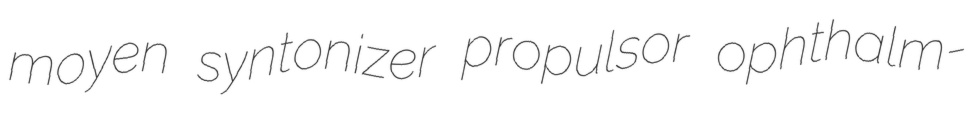
moyen syntonizer propulsor ophthalm-